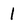
Character: 1